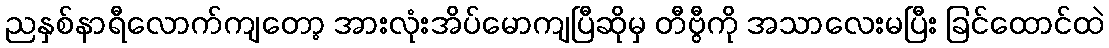
ညနှစ်နာရီလောက်ကျတော့ အားလုံးအိပ်မောကျပြီဆိုမှ တီဗွီကို အသာလေးမပြီး ခြင်ထောင်ထဲ